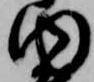
内